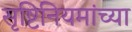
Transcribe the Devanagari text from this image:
सृष्टिनियमांच्या